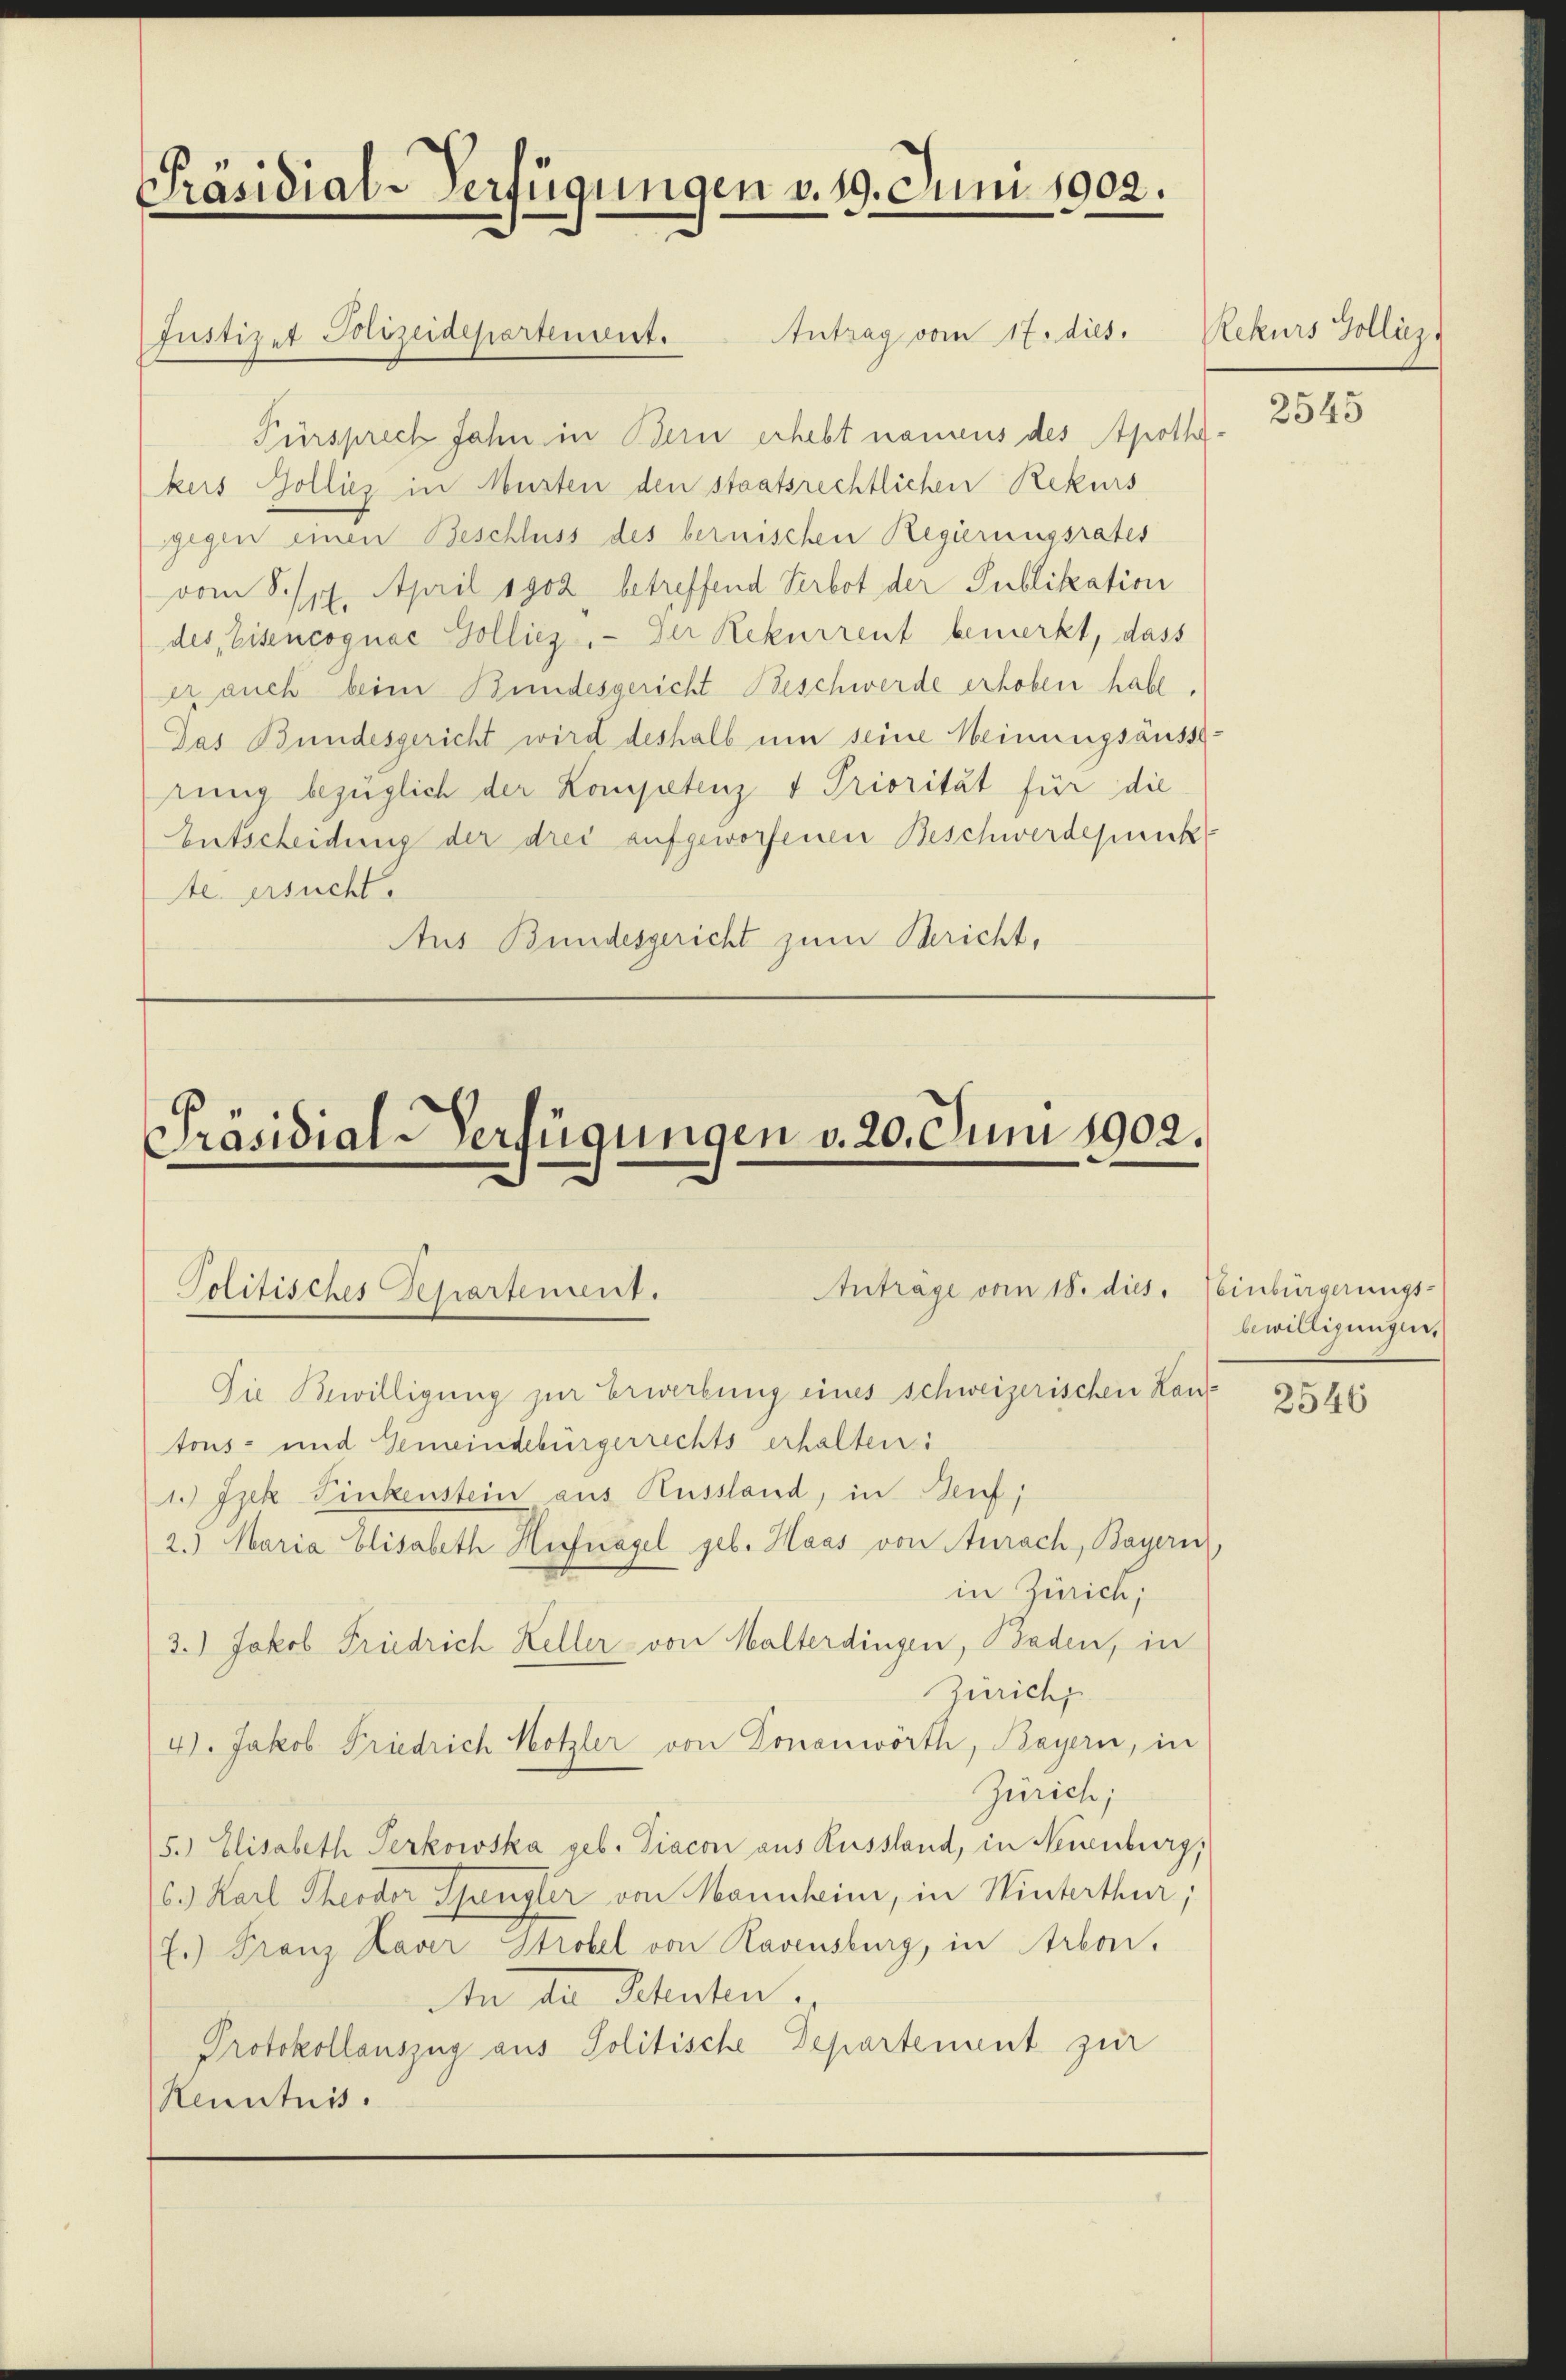
Präsidial-Verfügungen v. 19. Juni 1902.

Justizet Polizeidepartenant.

Präsidial-Verfügungen v. 20. Juni 1902.

Anträge vom 18. dies
Politisches Separtement.

Antrag vom 17. dies
Fürsprech Jahn in Bern erhebt namens des Apothekers Zolliez in Musten den staatsrechtlichen Rekurs
gegen einen Beschluss des bernischen Regierungsrates
vom S. 17. April sgoz betreffend Verbot der Publikation
des, Eisencognae Golliez. Der Rekurrent bemerkt, dass
er auch beim Bundesgericht Beschwerde erhoben habe.
Das Bundesgericht wird deshalb um seine Meinungsäusserung bezüglich der Kompetenz & Priorität für die
Entscheidung der drei aufgeworfenen Beschwerdepunk
te ersucht.
Aus Bundesgericht zum Bericht,

Die Bewilligung zur Erwerbung eines schweizerischen Lauf
tons- und Gemeindebürgerrechts erhalten:
1.) Jzek Finkenstein aus Russland, in Genf,
2.) Maria Elisabeth Hufnagel geb. Haas von Anrach, Bayern,
in Zürich,
3.) Jakob Friedrich Keller von Walterdingen, Baden, in
Zürich
41. Jakob Friedrich Hotzler von Donauwörth, Bayern, in
Zürich;
5.) Elisabeth Perkowska geb. Diacon aus Russland, in Neuenburg,
16.) Karl Theodor Spangler von Mannheim, in Winterthur;
E.) Franz Laver Strobel von Ravensburg, in Arbon,
In der Schuhen.
Protokollauszug aus Politische Departement zur
Renntnis.

Rekurs Gollinz

2545

Einbürgerungs-
bewilligungen.

2546